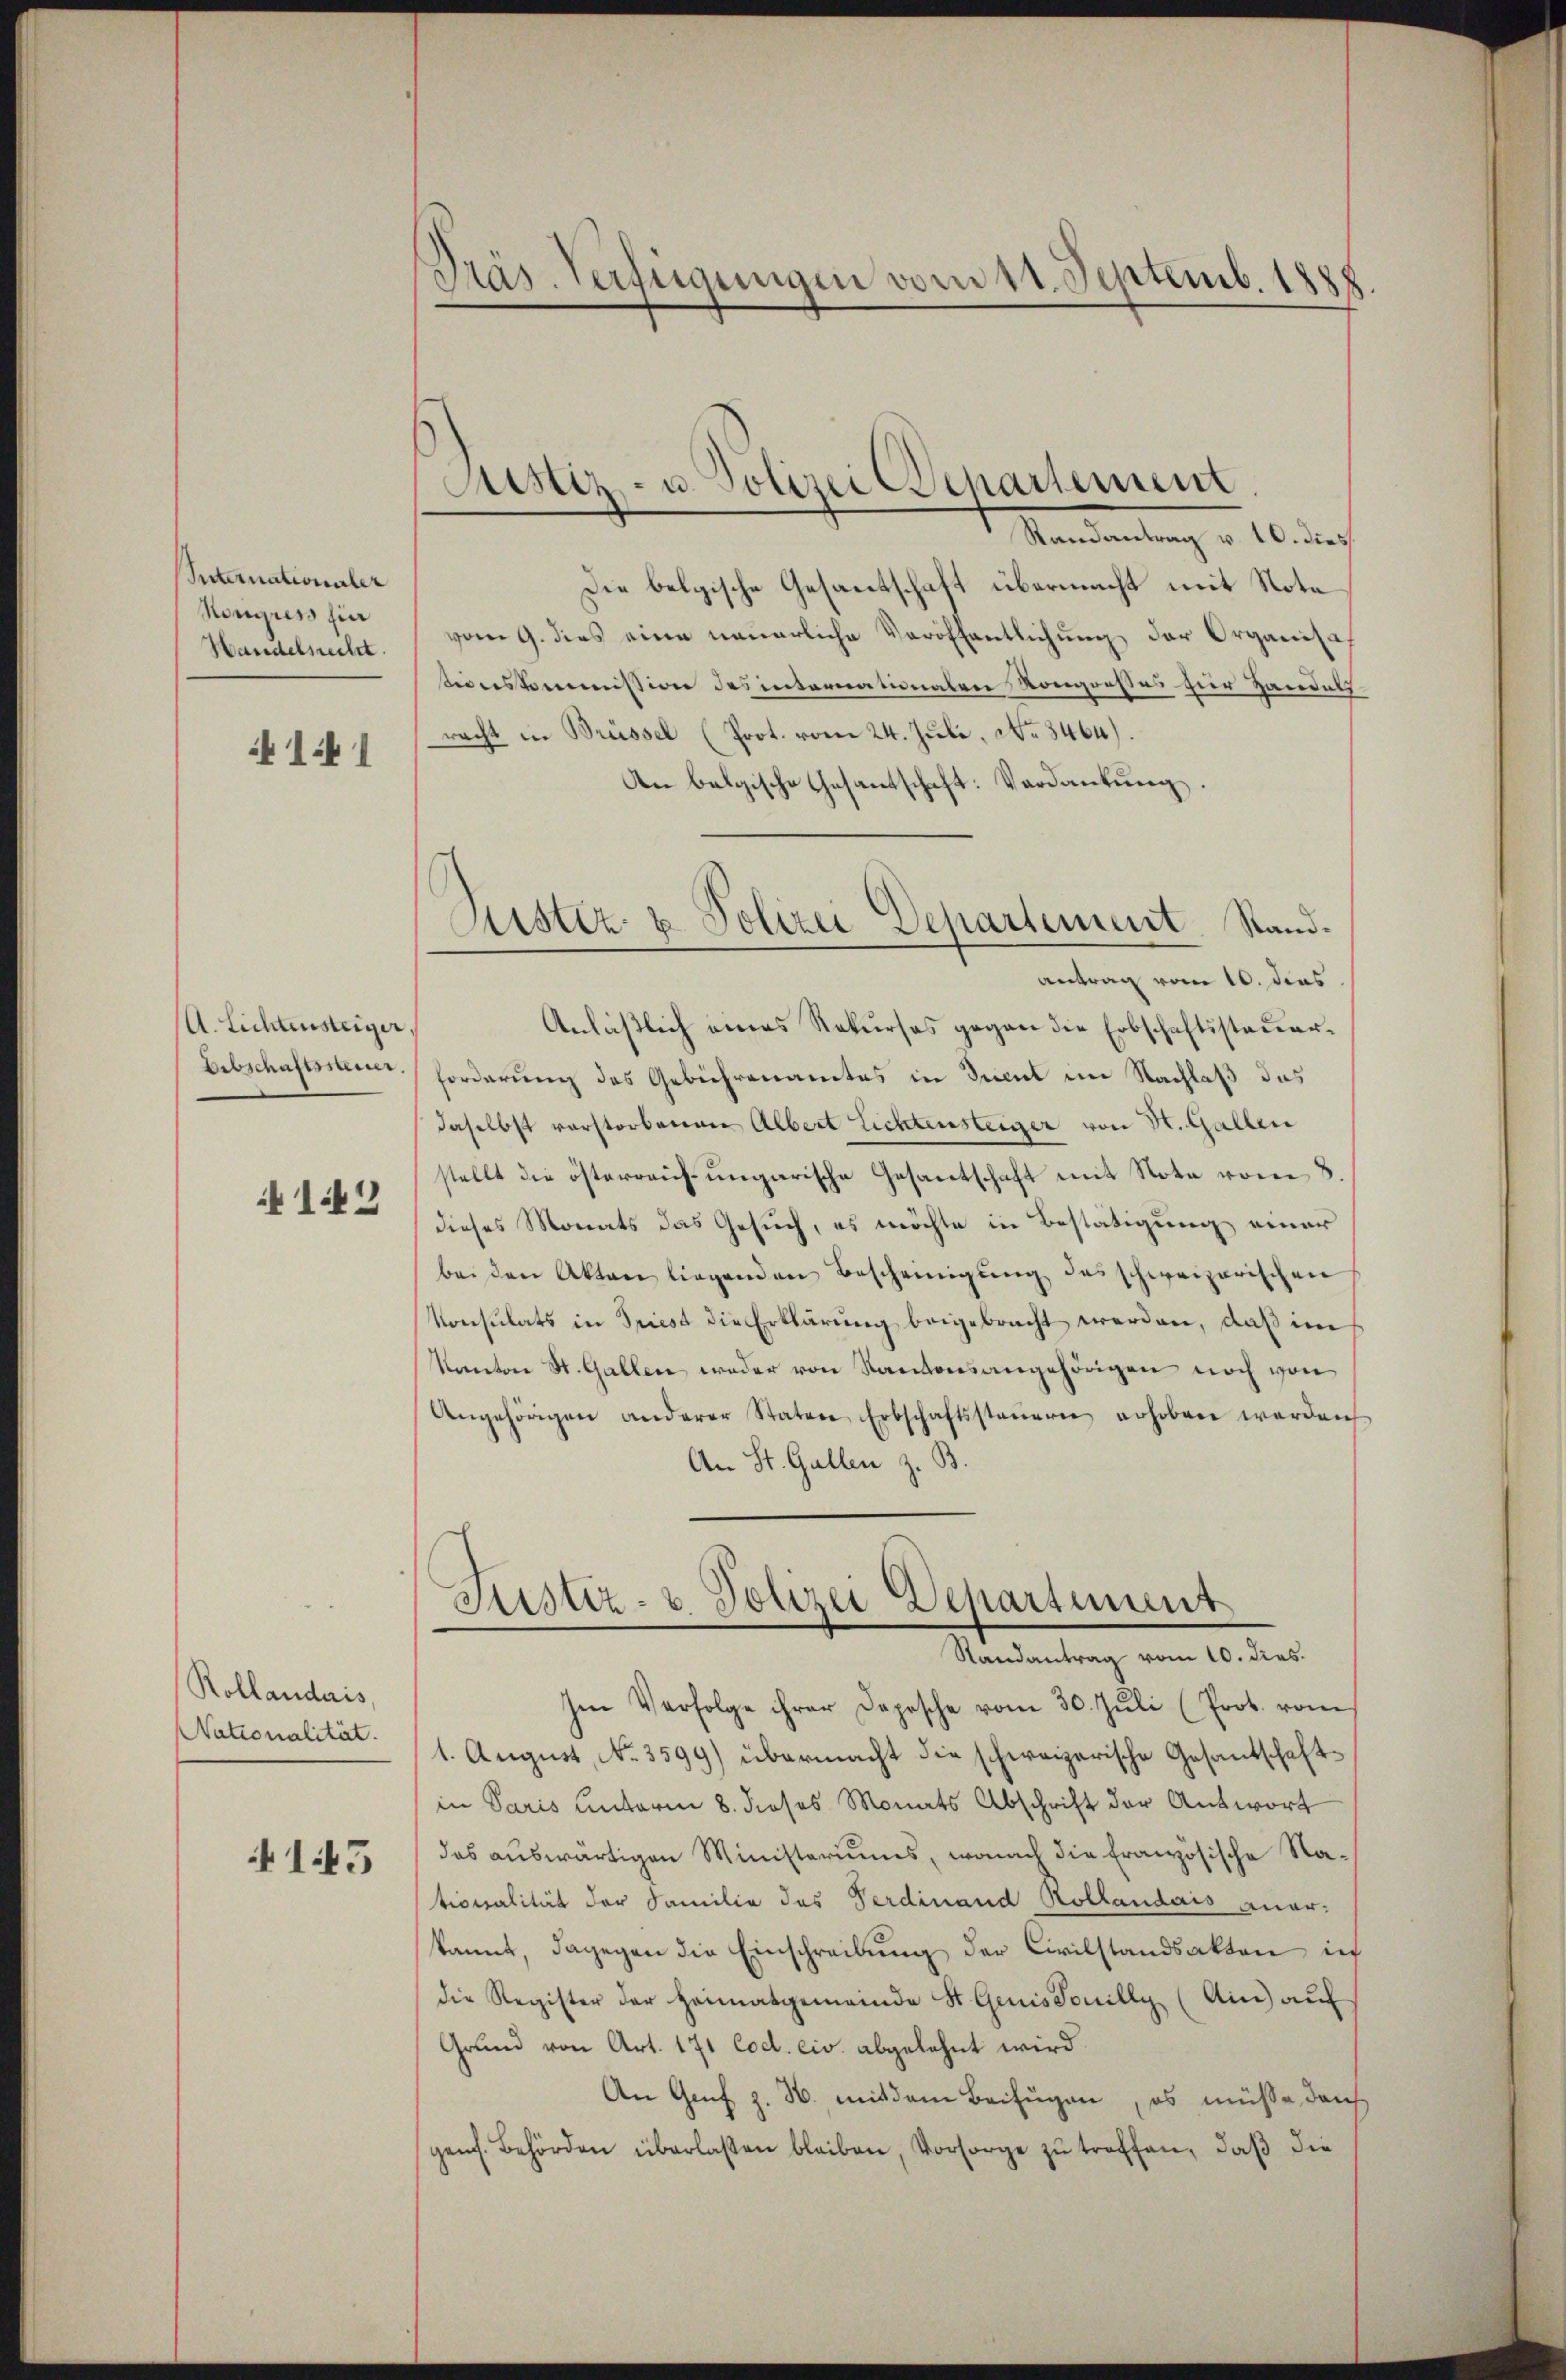
Internationaler
Kongress hin
Handelsrecht.

1:1

A. Lichtensteiger.
Erbschaftsein.
142

Rollaudais,
Nationalität.
415

Dräs. Verfügungen vom 11. Septemb. 188

s
Justiz- u. Polizei Departement

Justiz- & Polizei Departement. Stand¬

Randantrag v. 10. dies
Die belgische Gesantschaft übermacht mit Note
vom 9. dies eine neuerliche Veröffentlichung der Organisch
stionskommission des internationalen Kongreßes zur Handelsracht in Brüssel (Prot. vom 24. Juli, No 3464).
An belgische Gesandschaft: Verdankung.
antrag vom 10. dies
Anläβlich eines Rekurses gegen die Erbschaftssteŭer-
forderung des Gebührenamtes in Incul im Nachlaß das
daselbst verstorbenen Albert Lichtensteiger von St. Gallen
stellt die österrauf ungarische Gesantschaft mit Nota vom 8
dieses Monats das Gesuch, es möchte in Bestätigung einer
bei den Akten liegenden Bescheinigŭng des schweizerischen
Konsulats in Triest die Erklärung beigebracht werden, daß im
Kanton St. Gallen weder von Kantonsangehörigen noch von
Angehörigen anderer Staten Erbschaftssteŭern erhoben werden
An St. Gallen z. B.

Justiz- u. Polizei Departiment
Randantrag vom 10. dies.

Im Verfolge ihrer Depesche vom 30. Jŭli (Prot. vom
1. August, No. 3599) übermacht die schweizerische Gesantschaftin Paris unterm 8. dieses Monats Abschrift der Antwort
das auswärtigen Ministeriums, wonach die Französische Nationalität der Familie des Verdinand Kollaudais aner-
kannt, dagegen die Einschreibung der Civilstandsakten in
die Register der Heimatgemeinde St. Genis donilly (Ain) auf
Grund von Art. 171 Cod. civ. abgelehnt wird.
An Genf z. B. mit dem Beifügen, es müsse durch
gen. Behörden überlaßen bleiben, Vorsorge zu treffen, daß die